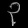
Digit: ၃